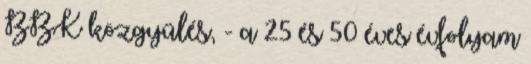
BBK közgyűlés, - a 25 és 50 éves évfolyam